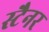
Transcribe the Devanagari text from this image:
स्टैनर